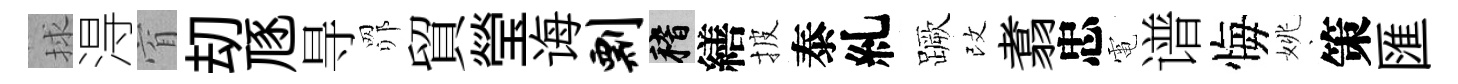
捄淂窅刧豗㝵𦊑貿瑩诲剽稽繕披泰糺蹶改翥忠電谱悔姚策匯